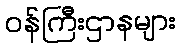
ဝန်ကြီးဌာနများ